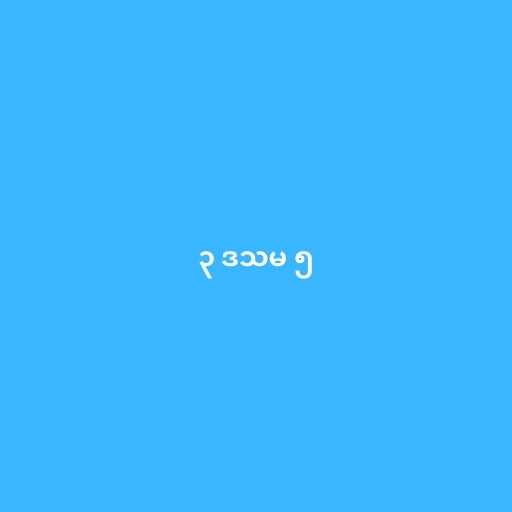
၃ ဒသမ ၅